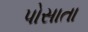
પોસાતા